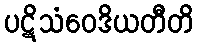
ပဋိသံဝေဒိယတီတိ